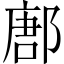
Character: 鄌